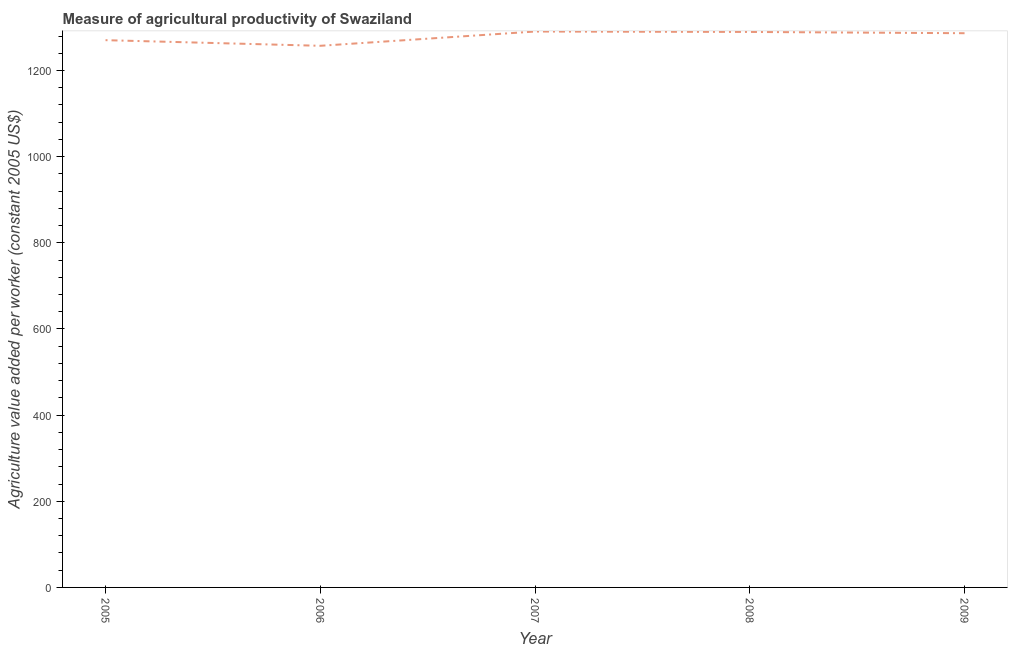
| Year | Agriculture value added per worker |
 | --- | --- |
 | 2005 | 1.27e+03 |
 | 2006 | 1.26e+03 |
 | 2007 | 1.29e+03 |
 | 2008 | 1.29e+03 |
 | 2009 | 1.29e+03 |